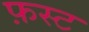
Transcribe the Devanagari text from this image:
फ़स्ट